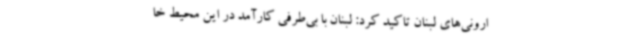
ارونی‌های لبنان تاکید کرد: لبنان با بی‌طرفی کارآمد در این محیط خا